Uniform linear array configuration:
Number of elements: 48
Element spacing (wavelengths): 0.5
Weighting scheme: exponential
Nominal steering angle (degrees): -45
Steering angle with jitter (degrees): -46.394
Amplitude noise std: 0.05
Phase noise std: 0.05

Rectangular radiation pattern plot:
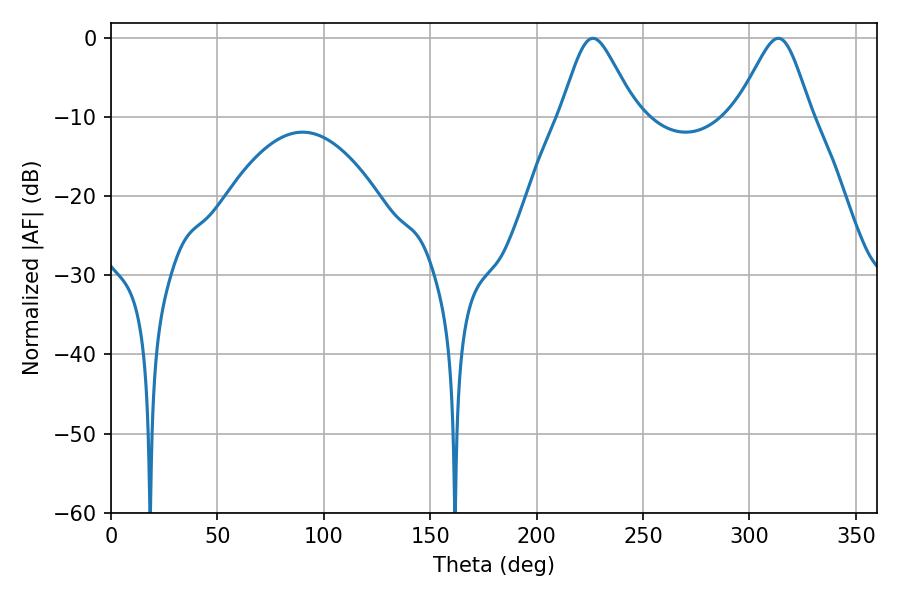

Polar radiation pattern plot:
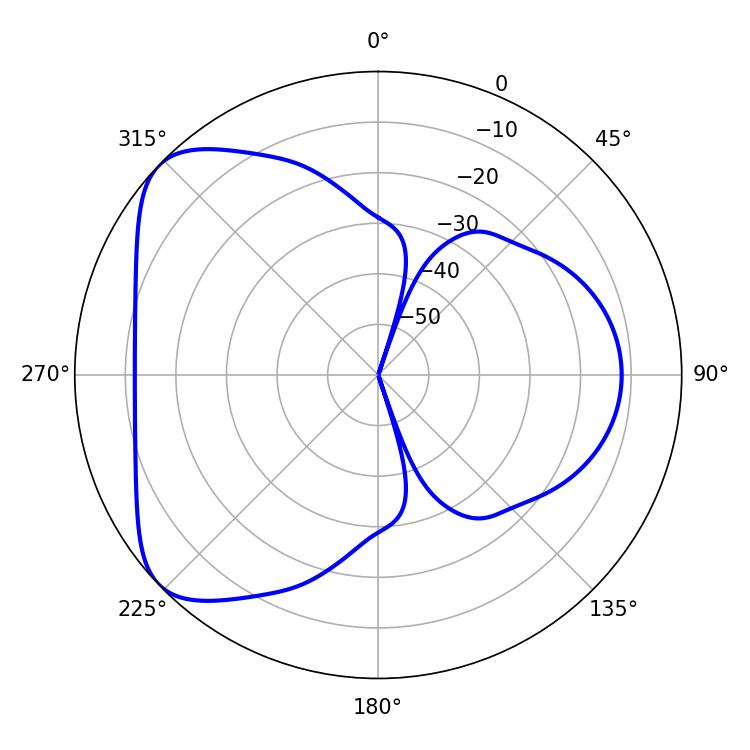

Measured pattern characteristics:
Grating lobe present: FALSE
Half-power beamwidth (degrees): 17.28
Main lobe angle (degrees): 226.44